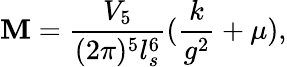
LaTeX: \mathbf{M}={\frac{{V_{5}}}{{(2\pi)^{5}l_{s}^{6}}}}({\frac{{k}}{{g^{2}}}}+\mu),